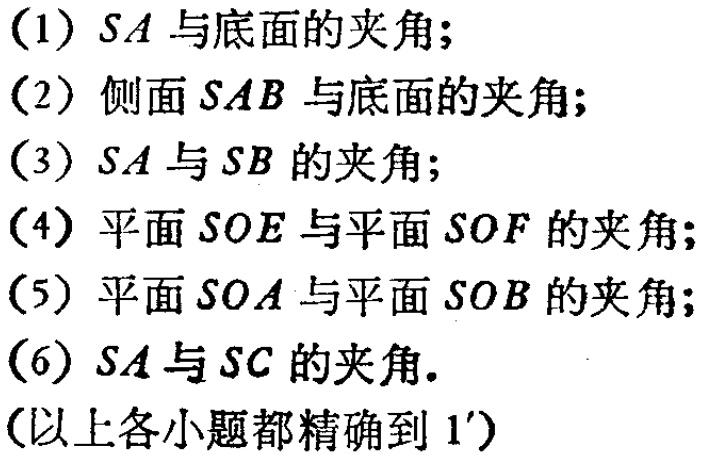
(1) \(SA\)与底面的夹角;
(2) 侧面\(SAB\)与底面的夹角;
(3) \(SA\)与\(SB\)的夹角;
(4) 平面\(SOE\)与平面\(SOF\)的夹角;
(5) 平面\(SOA\)与平面\(SOB\)的夹角;
(6) \(SA\)与\(SC\)的夹角.
(以上各小题都精确到\(1'\))